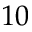
1 0